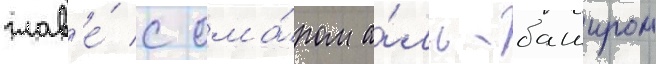
глав'е́ с ома́ром а́ль-баширом